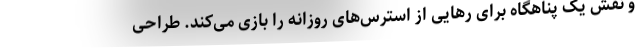
و نقش یک پناهگاه برای رهایی از استرس‌های روزانه را بازی می‌کند. طراحی